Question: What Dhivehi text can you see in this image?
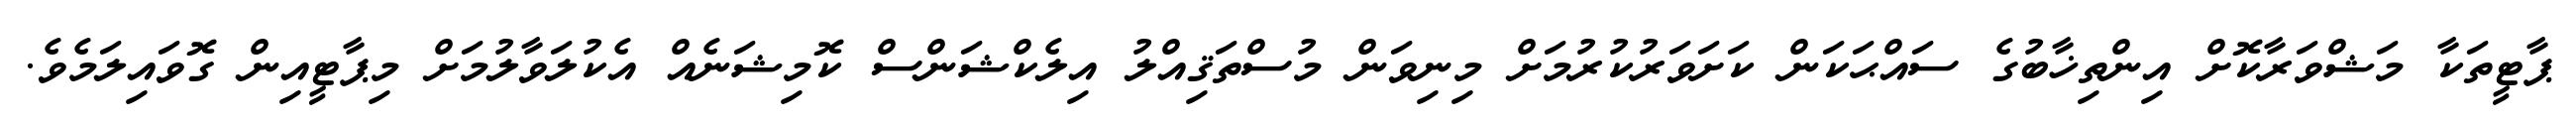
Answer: ޕާޓީތަކާ މަޝްވަރާކޮށް އިންތިޚާބުގެ ސައްޙަކަން ކަށަވަރުކުރުމަށް މިނިވަން މުސްތަޤިއްލު އިލެކްޝަންސް ކޮމިޝަނެއް އެކުލަވާލުމަށް މިޕާޓީއިން ގޮވައިލަމެވެ.